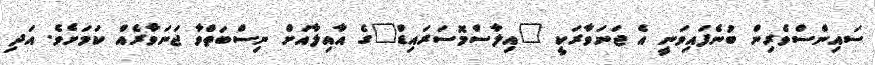
ސައިންސްވެރިން ބުނެފައިވަނީ އެ ޖަނަވާރަކީ "އިލާސްމޮސަރައިޑް"ގެ އާއިލާއަށް ނިސްބަތްވާ ޖަނަވާރެއް ކަމަށެވެ. އަދި